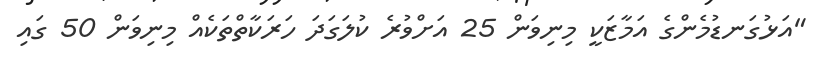
"އަޅުގަނޑުމެންގެ އަމާޒަކީ މިނިވަން 25 އަށްވުރެ ކުލަގަދަ ހަރަކާތްތަކެއް މިނިވަން 50 ގައި